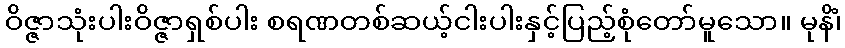
ဝိဇ္ဇာသုံးပါးဝိဇ္ဇာရှစ်ပါး စရဏတစ်ဆယ့်ငါးပါးနှင့်ပြည့်စုံတော်မူသော။ မုနိံ၊